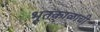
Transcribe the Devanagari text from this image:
भूतकाळाची